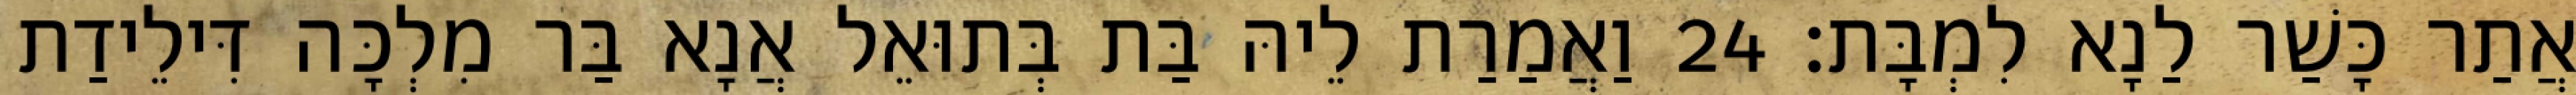
אֲתַר כָּשַׁר לַנָא לִמְבָּת׃ 24 וַאֲמַרַת לֵיהּ בַּת בְּתוּאֵל אֲנָא בַּר מִלְכָּה דִּילֵידַת